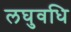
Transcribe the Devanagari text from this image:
लघुवधि